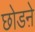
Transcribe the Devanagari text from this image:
छोडऩे